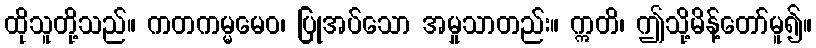
ထိုသူတို့သည်။ ကတကမ္မမေဝ၊ ပြုအပ်သော အမှုသာတည်း။ ဣတိ၊ ဤသို့မိန့်တော်မူ၍။